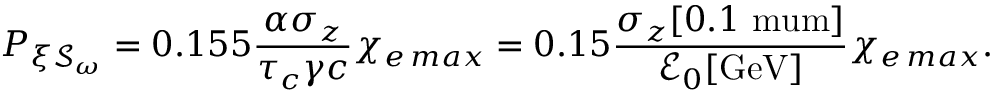
P _ { \xi \mathcal { S } _ { \omega } } = 0 . 1 5 5 \frac { \alpha \sigma _ { z } } { \tau _ { c } \gamma c } \chi _ { e \, m a x } = 0 . 1 5 \frac { \sigma _ { z } [ 0 . 1 \mathrm { \ m u m } ] } { \mathcal { E } _ { 0 } [ \mathrm { G e V } ] } \chi _ { e \, m a x } .